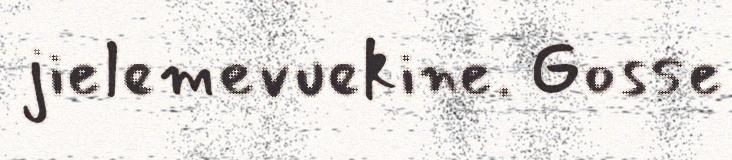
jielemevuekine. Gosse